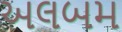
અલબમ